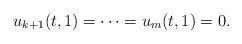
LaTeX: \begin{align*}u_{k+1}(t, 1) = \dots = u_{m}(t, 1) = 0.\end{align*}